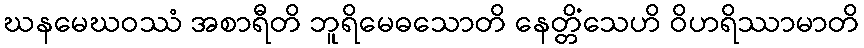
ဃနမေဃဝဿံ အစာရီတိ ဘူရိမေဓသောတိ နေတ္တိံသေဟိ ဝိဟရိဿာမာတိ